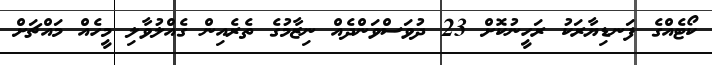
ކޯޓެއްގެ ފަނޑިޔާރަކު ރަހީނުކޮށް 23 ދުވަސްވަންދެއް ނިޒާމުގެ ތެރެއިން ގެއްލުވާލި މީހެއް މައްޗަށް